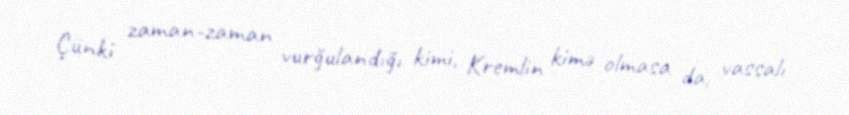
Çünki zaman-zaman vurğulandığı kimi, Kremlin kimə olmasa da, vassalı